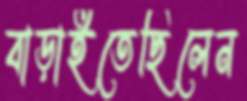
বাড়াইতেছিলেন